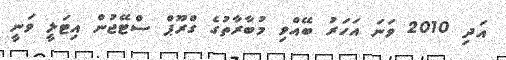
އަދި 2010 ވަނަ އަހަރު ބޭއްވި މުބާރާތުގެ ގްރޫޕް ސްޓޭޖުން އިޓަލީ ވަނީ